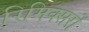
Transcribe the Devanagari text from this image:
रिमिक्सरों